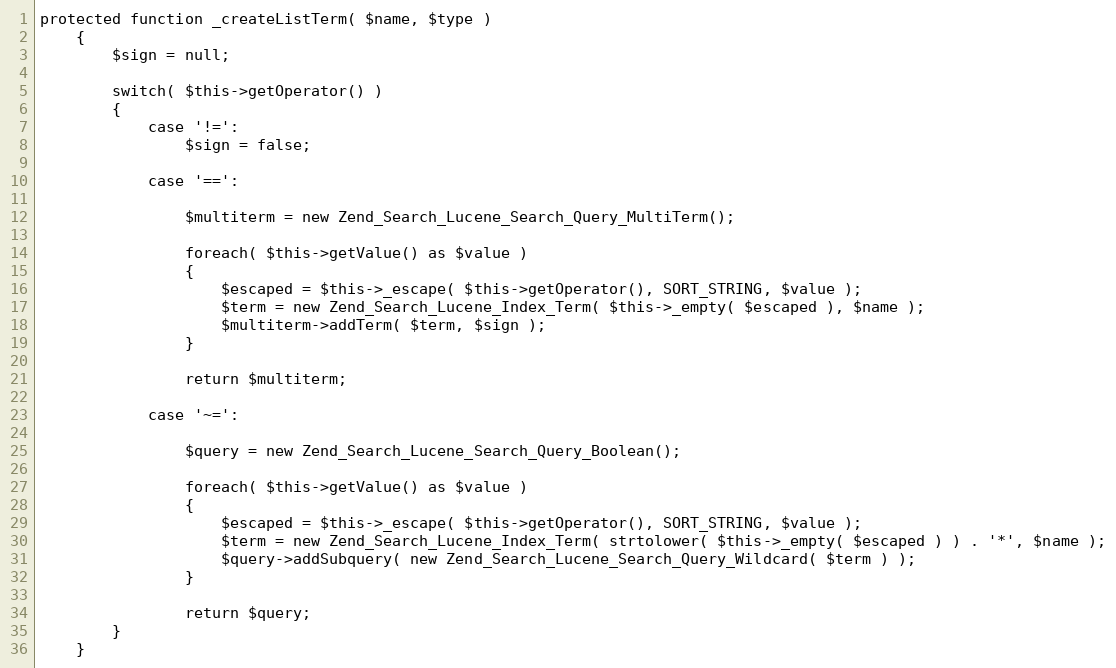
Language: PHP
protected function _createListTerm( $name, $type )
	{
		$sign = null;

		switch( $this->getOperator() )
		{
			case '!=':
				$sign = false;

			case '==':

				$multiterm = new Zend_Search_Lucene_Search_Query_MultiTerm();

				foreach( $this->getValue() as $value )
				{
					$escaped = $this->_escape( $this->getOperator(), SORT_STRING, $value );
					$term = new Zend_Search_Lucene_Index_Term( $this->_empty( $escaped ), $name );
					$multiterm->addTerm( $term, $sign );
				}

				return $multiterm;

			case '~=':

				$query = new Zend_Search_Lucene_Search_Query_Boolean();

				foreach( $this->getValue() as $value )
				{
					$escaped = $this->_escape( $this->getOperator(), SORT_STRING, $value );
					$term = new Zend_Search_Lucene_Index_Term( strtolower( $this->_empty( $escaped ) ) . '*', $name );
					$query->addSubquery( new Zend_Search_Lucene_Search_Query_Wildcard( $term ) );
				}

				return $query;
		}
	}